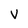
Character: v